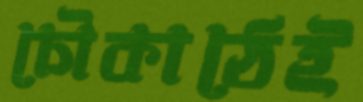
চৌকাঠেই